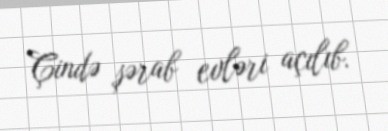
Çində şərab evləri açılıb.